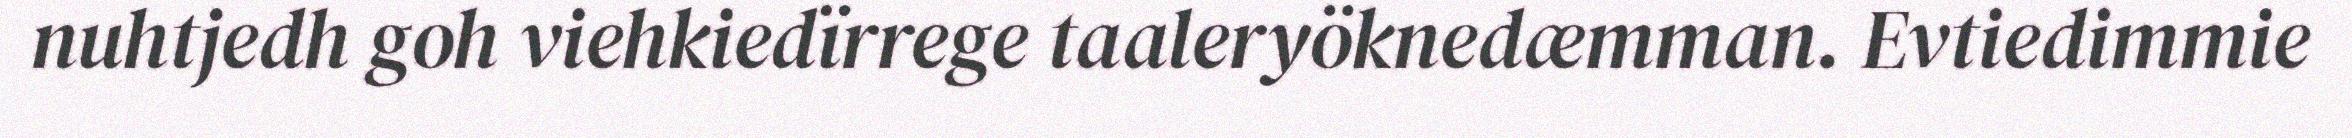
nuhtjedh goh viehkiedïrrege taaleryöknedæmman. Evtiedimmie